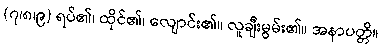
(၇၊၈၊၉) ရပ်၏၊ ထိုင်၏၊ လျောင်း၏။ လူချီးမွမ်း၏။ အနာပတ္တိ။